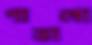
পাতাগো